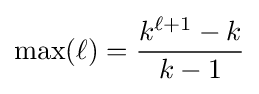
\mathrm {max} (\ell )={\frac {k^{\ell +1}-k}{k-1}}